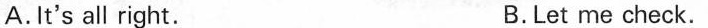
A.It's all right. B.Let me check.